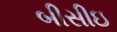
બીસીઇ